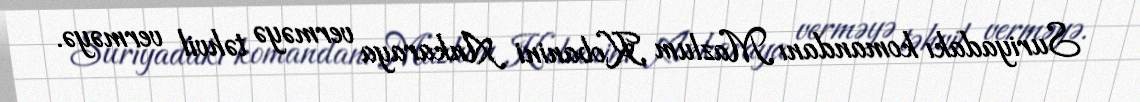
Suriyadakı komandanı Mazlum Kobanini Ankaraya verməyə təhvil verməyə.